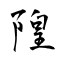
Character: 隍